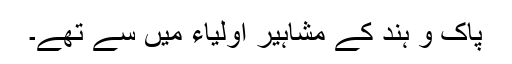
پاک و ہند کے مشاہیر اولیاء میں سے تھے۔